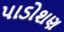
પાડોશણ